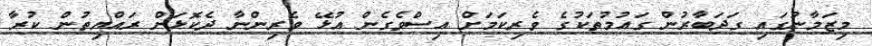
މިޒަމާނުގައި ގަދަބާރުން ގައުމުތަކުގެ ވެރިކަމަށް އިސްވެގެން އުޅޭ ވެރިންނާ ދެކޮޅަށް ރައްޔިތުން ކުރާ